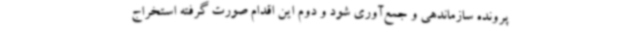
پرونده سازماندهی و جمع‌آوری شود و دوم این اقدام صورت گرفته استخراج